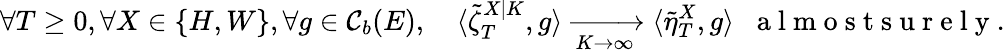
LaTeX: \forall T\geq 0,\forall X\in\{ H,W\} ,\forall g\in\mathcal{C}_{b}(E),\quad\langle\tilde{\zeta}_{T}^{X|K},g\rangle\xrightarrow[K\to\infty]{}\langle\tilde{\eta}_{T}^{X},g\rangle\; \; \mathrm{~a~l~m~o~s~t~s~u~r~e~l~y~}.